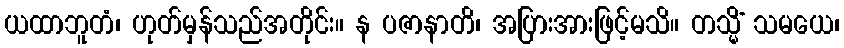
ယထာဘူတံ၊ ဟုတ်မှန်သည်အတိုင်း။ န ပဇာနာတိ၊ အပြားအားဖြင့်မသိ။ တသ္မိံ သမယေ၊